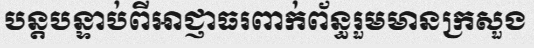
បន្តបន្ទាប់ពីអាជ្ញាធរពាក់ព័ន្ធរួមមានក្រសួង